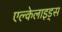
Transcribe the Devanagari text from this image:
एल्केलाइड्स